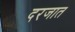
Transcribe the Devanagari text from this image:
दरजात